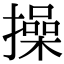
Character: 操